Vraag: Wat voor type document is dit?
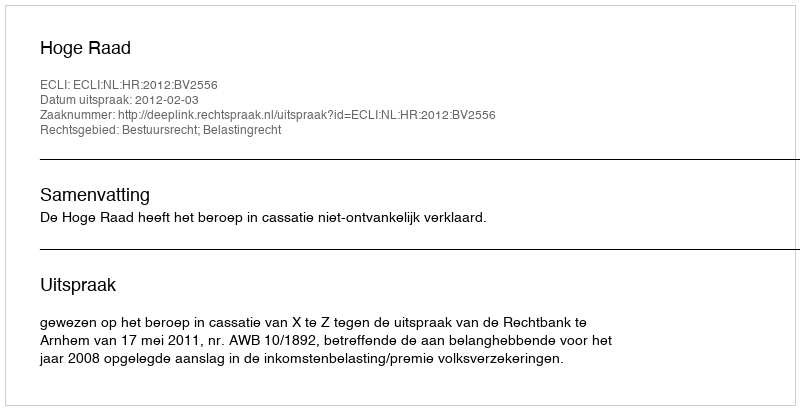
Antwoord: Uitspraak